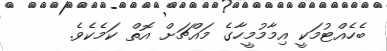
ބެހެއްޓުމަކީ އިމާމުމީހާގެ މައްޗަށް އޮތް ކަމެކެވެ.